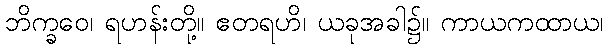
ဘိက္ခဝေ၊ ရဟန်းတို့။ ဧတရဟိ၊ ယခုအခါ၌။ ကာယကထာယ၊